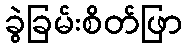
ခွဲခြမ်းစိတ်ဖြာ